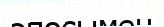
эпосымен